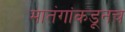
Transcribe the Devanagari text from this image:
मातंगांकडूनच